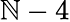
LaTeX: \mathbb{N}-4